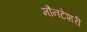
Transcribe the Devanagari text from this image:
मौनटेशरी